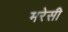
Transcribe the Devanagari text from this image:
मरेसी